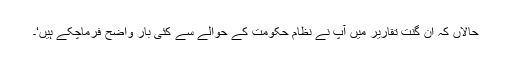
حالاں کہ ان گنت تقاریر میں آپ نے نظام حکومت کے حوالے سے کئی بار واضح فرماچکے ہیں‘۔